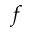
f